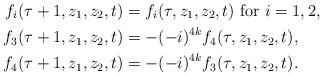
LaTeX: \begin{align*}f_i(\tau+1,z_1,z_2,t) & = f_i(\tau,z_1,z_2,t) \mbox{ for } i = 1,2, \\ f_3 (\tau+1,z_1,z_2,t) & = -(- i)^{4k} f_4(\tau,z_1,z_2,t), \\f_4 (\tau+1,z_1,z_2,t) & = -(- i)^{4k} f_3(\tau,z_1,z_2,t). \\\end{align*}